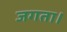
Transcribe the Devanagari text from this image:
जगता।